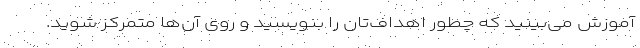
آموزش می‌بینید که چطور اهداف‌تان را بنویسید و روی آن‌ها متمرکز شوید.